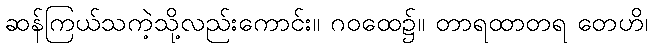
ဆန်ကြယ်သကဲ့သို့လည်းကောင်း။ ဂဝထေ၌။ တာရထာတရ တေဟိ၊